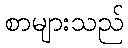
စာများသည်